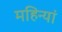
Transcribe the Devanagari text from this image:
महिन्यां